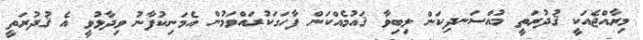
މިރާއްޖެއަކީ ޤުދުރަތީ މުއްސަނދިކަން ލިބިވާ ޤައުމެއްކަން ފާހަގަކުރައްވަމުން އެމަނިކުފާނު ވިދާޅުވީ އެ ޤުދުރަތީ